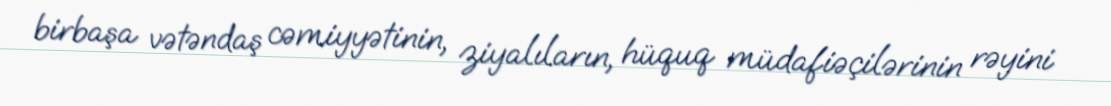
birbaşa vətəndaş cəmiyyətinin, ziyalıların, hüquq müdafiəçilərinin rəyini